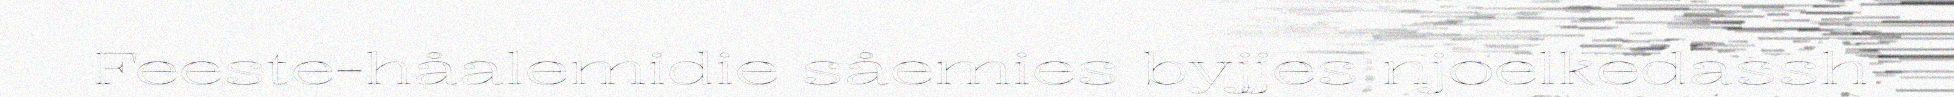
Feeste-håalemidie såemies byjjes njoelkedassh